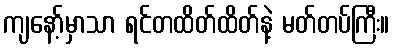
ကျနော့်မှာသာ ရင်တထိတ်ထိတ်နဲ့ မတ်တပ်ကြီး။